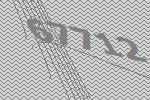
67712